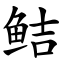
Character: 鲒